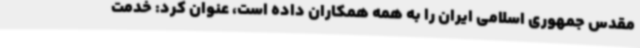
مقدس جمهوری اسلامی ایران را به همه همکاران داده است، عنوان کرد: خدمت